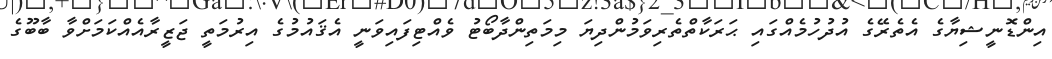
އިންޑޮނީޝިޔާގެ އެތެރޭގެ އުދުހުމެއްގައި ޙަރަކާތްތެރިވަމުންދިޔަ މިމަތިންދާބޯޓު ވެއްޓިފައިވަނީ އެޤައުމުގެ އިރުމަތީ ޖަޒީރާއެއްކަމަށްވާ ބާބޫގެ